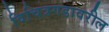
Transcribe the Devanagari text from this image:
विचित्रगडावरील